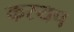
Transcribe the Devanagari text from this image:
कस्यप